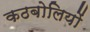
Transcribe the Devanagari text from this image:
कठबोलियों